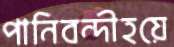
পানিবন্দীহয়ে